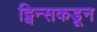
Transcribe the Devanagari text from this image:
ट्विन्सकडून